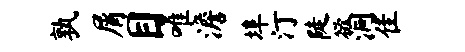
孰屑目唯澹埠汀陡欲洞隹